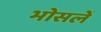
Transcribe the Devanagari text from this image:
भोसलें